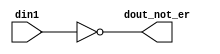
module not_er #(parameter DWIDTH = 8)(din1,dout_not_er);
input [DWIDTH-1:0] din1;
output [DWIDTH-1:0] dout_not_er;

assign dout_not_er = ~din1;

endmodule